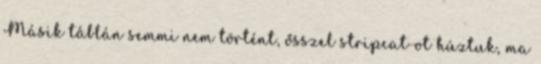
Másik táblán semmi nem történt, ősszel stripcat-ot húztuk, ma